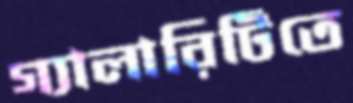
গ্যালারিটিতে